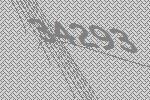
34293